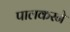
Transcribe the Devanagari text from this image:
पालकरने